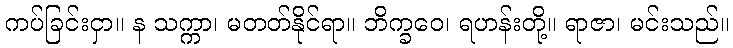
ကပ်ခြင်းငှာ။ န သက္ကာ၊ မတတ်နိုင်ရာ။ ဘိက္ခဝေ၊ ရဟန်းတို့။ ရာဇာ၊ မင်းသည်။